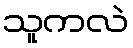
သူကလဲ